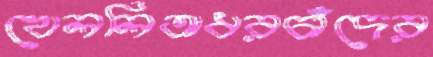
খেললিঅধরচাঁদের